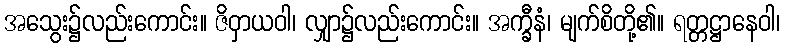
အသွေး၌လည်းကောင်း။ ဇိဝှာယဝါ၊ လျှာ၌လည်းကောင်း။ အက္ခီနံ၊ မျက်စိတို့၏။ ရတ္တဋ္ဌာနေဝါ၊